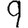
Digit: 9